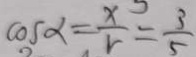
\cos \alpha = \frac { x } { r } = \frac { 3 } { 5 }